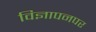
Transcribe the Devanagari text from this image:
विज्ञापनपर